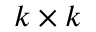
k \times k